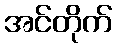
အင်တိုက်